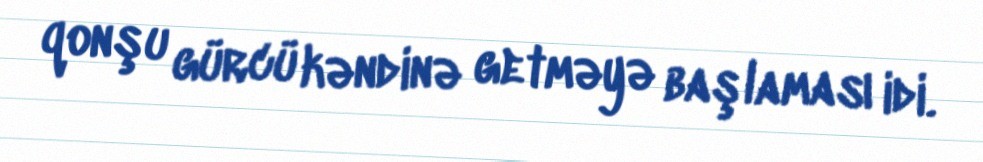
qonşu gürcü kəndinə getməyə başlaması idi.